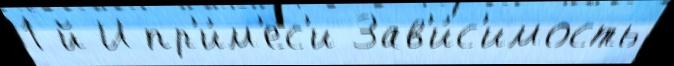
1-й И пр'и́м'ес'и Зав'и́с'имость